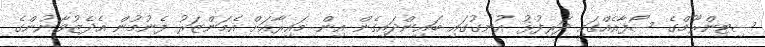
ސިޓިންރޫމްގެ ސޯފާއެއްގައި ދަރިފުޅު އުނގުގައި ބައިންދައިގެން އިން މައިރާއަށް އެމަންޒަރު ފެނުމުން އެދެޒުވާނުންގެ